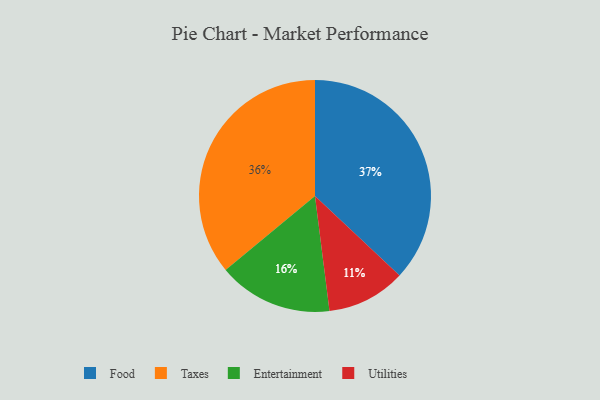
{"axis": {"x": "Category", "y": "Percentage"}, "legend": ["Entertainment", "Food", "Taxes", "Utilities"], "data": [{"x": "Food", "y": 37, "type": "Food"}, {"x": "Utilities", "y": 11, "type": "Utilities"}, {"x": "Taxes", "y": 36, "type": "Taxes"}, {"x": "Entertainment", "y": 16, "type": "Entertainment"}]}